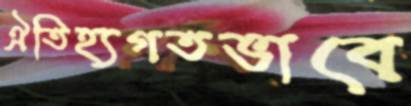
ঐতিহ্যগতভাবে